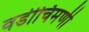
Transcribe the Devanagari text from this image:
वडीचिमणी